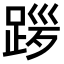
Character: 𫏎